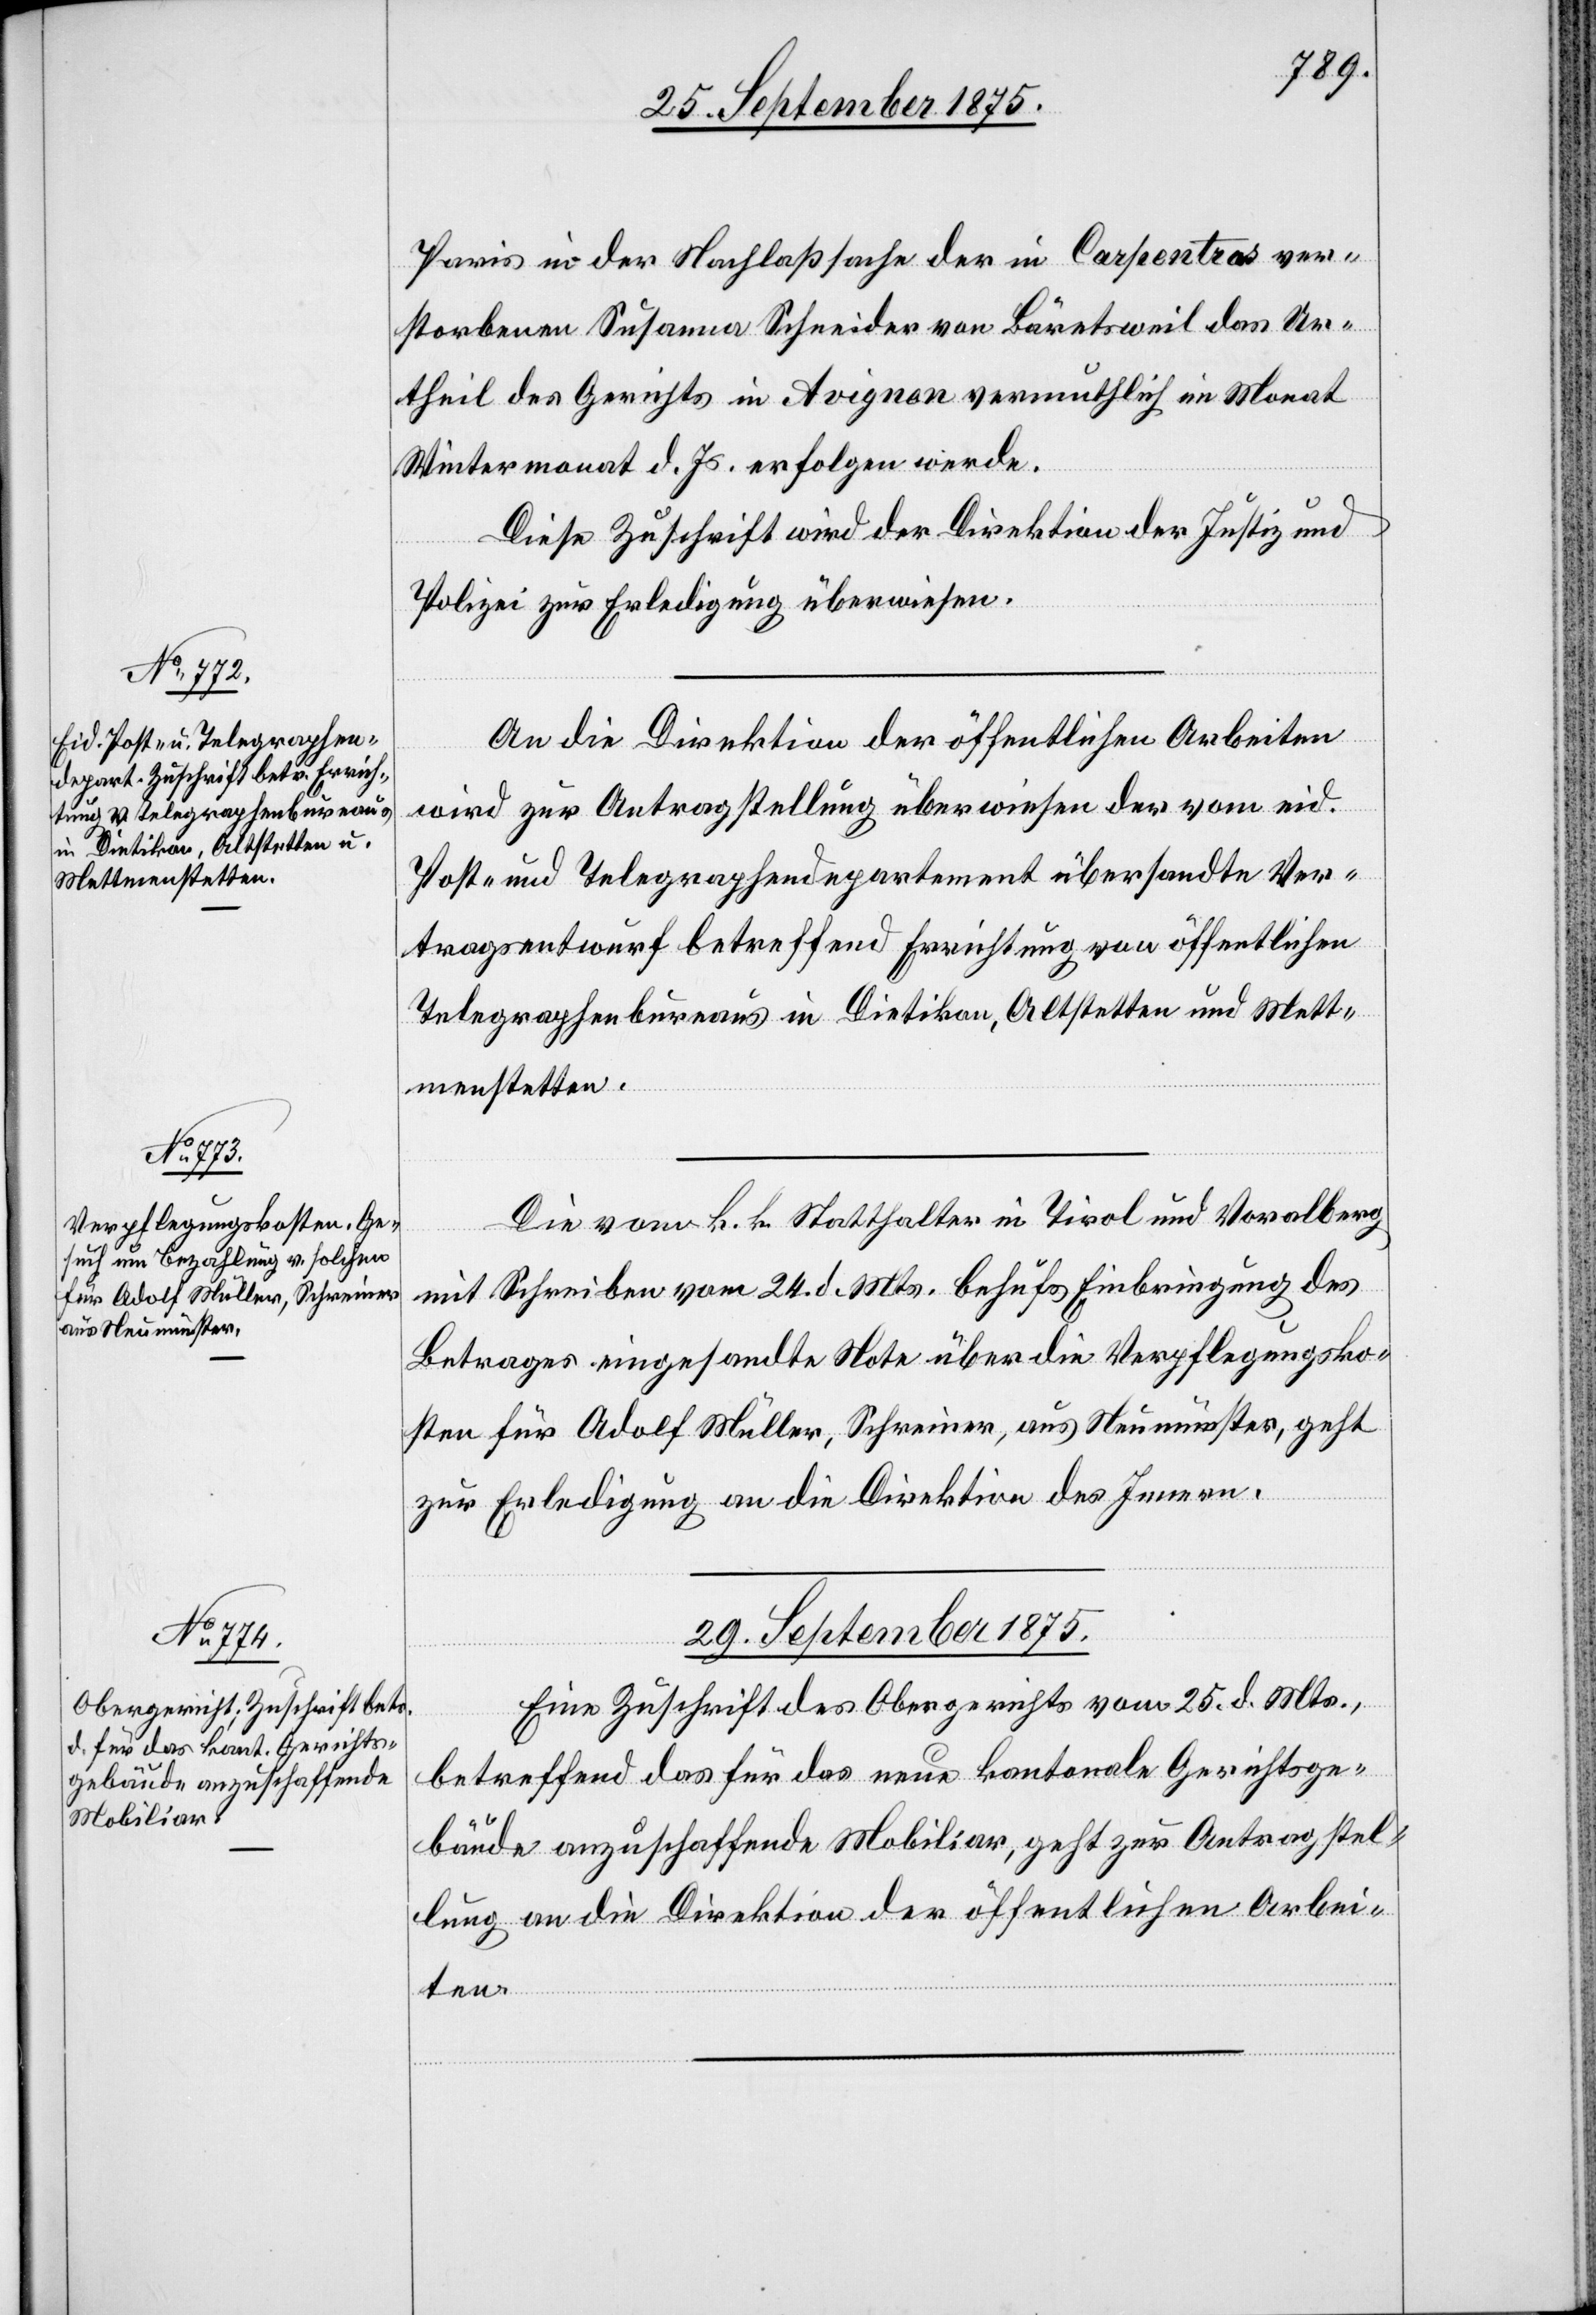
28. September 1875.]
Paris in der Nachlaßsache der in Carpentras ver¬
storbenen Susanna Schneider von Bäretsweil das Ur¬
theil des Gerichts in Avignon vermuthlich im Monat
Wintermonat d. Js. erfolgen werde.
Diese Zuschrift wird der Direktion der Justiz und
Polizei zur Erledigung überwiesen.
An die Direktion der öffentlichen Arbeiten
wird zur Antragstellung überwiesen der vom eid.
Post- und Telegraphendepartement übersandte Ver¬
tragsentwurf betreffend Errichtung von öffentlichen
Telegraphenbureaus in Dietikon, Altstetten und Mett¬
menstetten.
Die vom k. k. Statthalter in Tirol und Voralberg
mit Schreiben vom 24. d. Mts. behufs Einbringung des
Betrages eingesandte Note über die Verpflegungsko¬
sten für Adolf Müller, Schreiner, aus Neumünster, geht
zur Erledigung an die Direktion des Innern.
29. September 1875.
Eine Zuschrift des Obergerichts vom 25. d. Mts.,
betreffend das für das neue kantonale Gerichtsge¬
bäude anzuschaffende Mobiliar, geht zur Antragstel¬
lung an die Direktion der öffentlichen Arbei¬
ten.